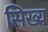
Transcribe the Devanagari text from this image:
सिख्य